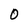
Character: O